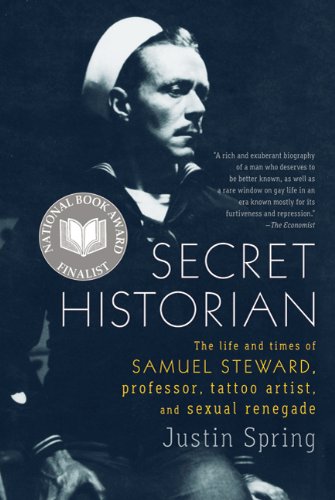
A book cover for Secret Historian: The Life and Times of Samuel Steward, Professor, Tattoo Artist, and Sexual Renegade; Justin Spring; Gay & Lesbian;